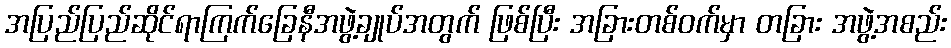
အပြည်ပြည်ဆိုင်ရာကြက်ခြေနီအဖွဲ့ချုပ်အတွက် ဖြစ်ပြီး အခြားတစ်ဝက်မှာ တခြား အဖွဲ့အစည်း